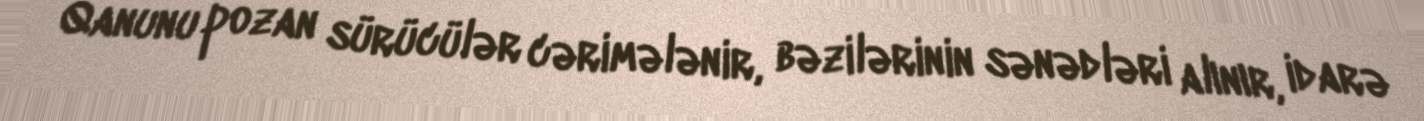
Qanunu pozan sürücülər cərimələnir, bəzilərinin sənədləri alınır, idarə